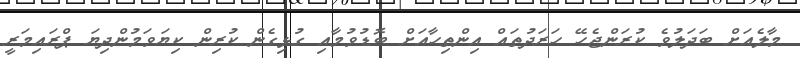
މާލެއަށް ބަދަލުވެ ކުރަންޖެހޭ ހަރަދުތައް އިންތިހާއަށް ބޮޑުވުމާއި ގުޅިގެން ކުރިން ކިޔަވަމުންދިޔަ ޕްރައިމަރީ